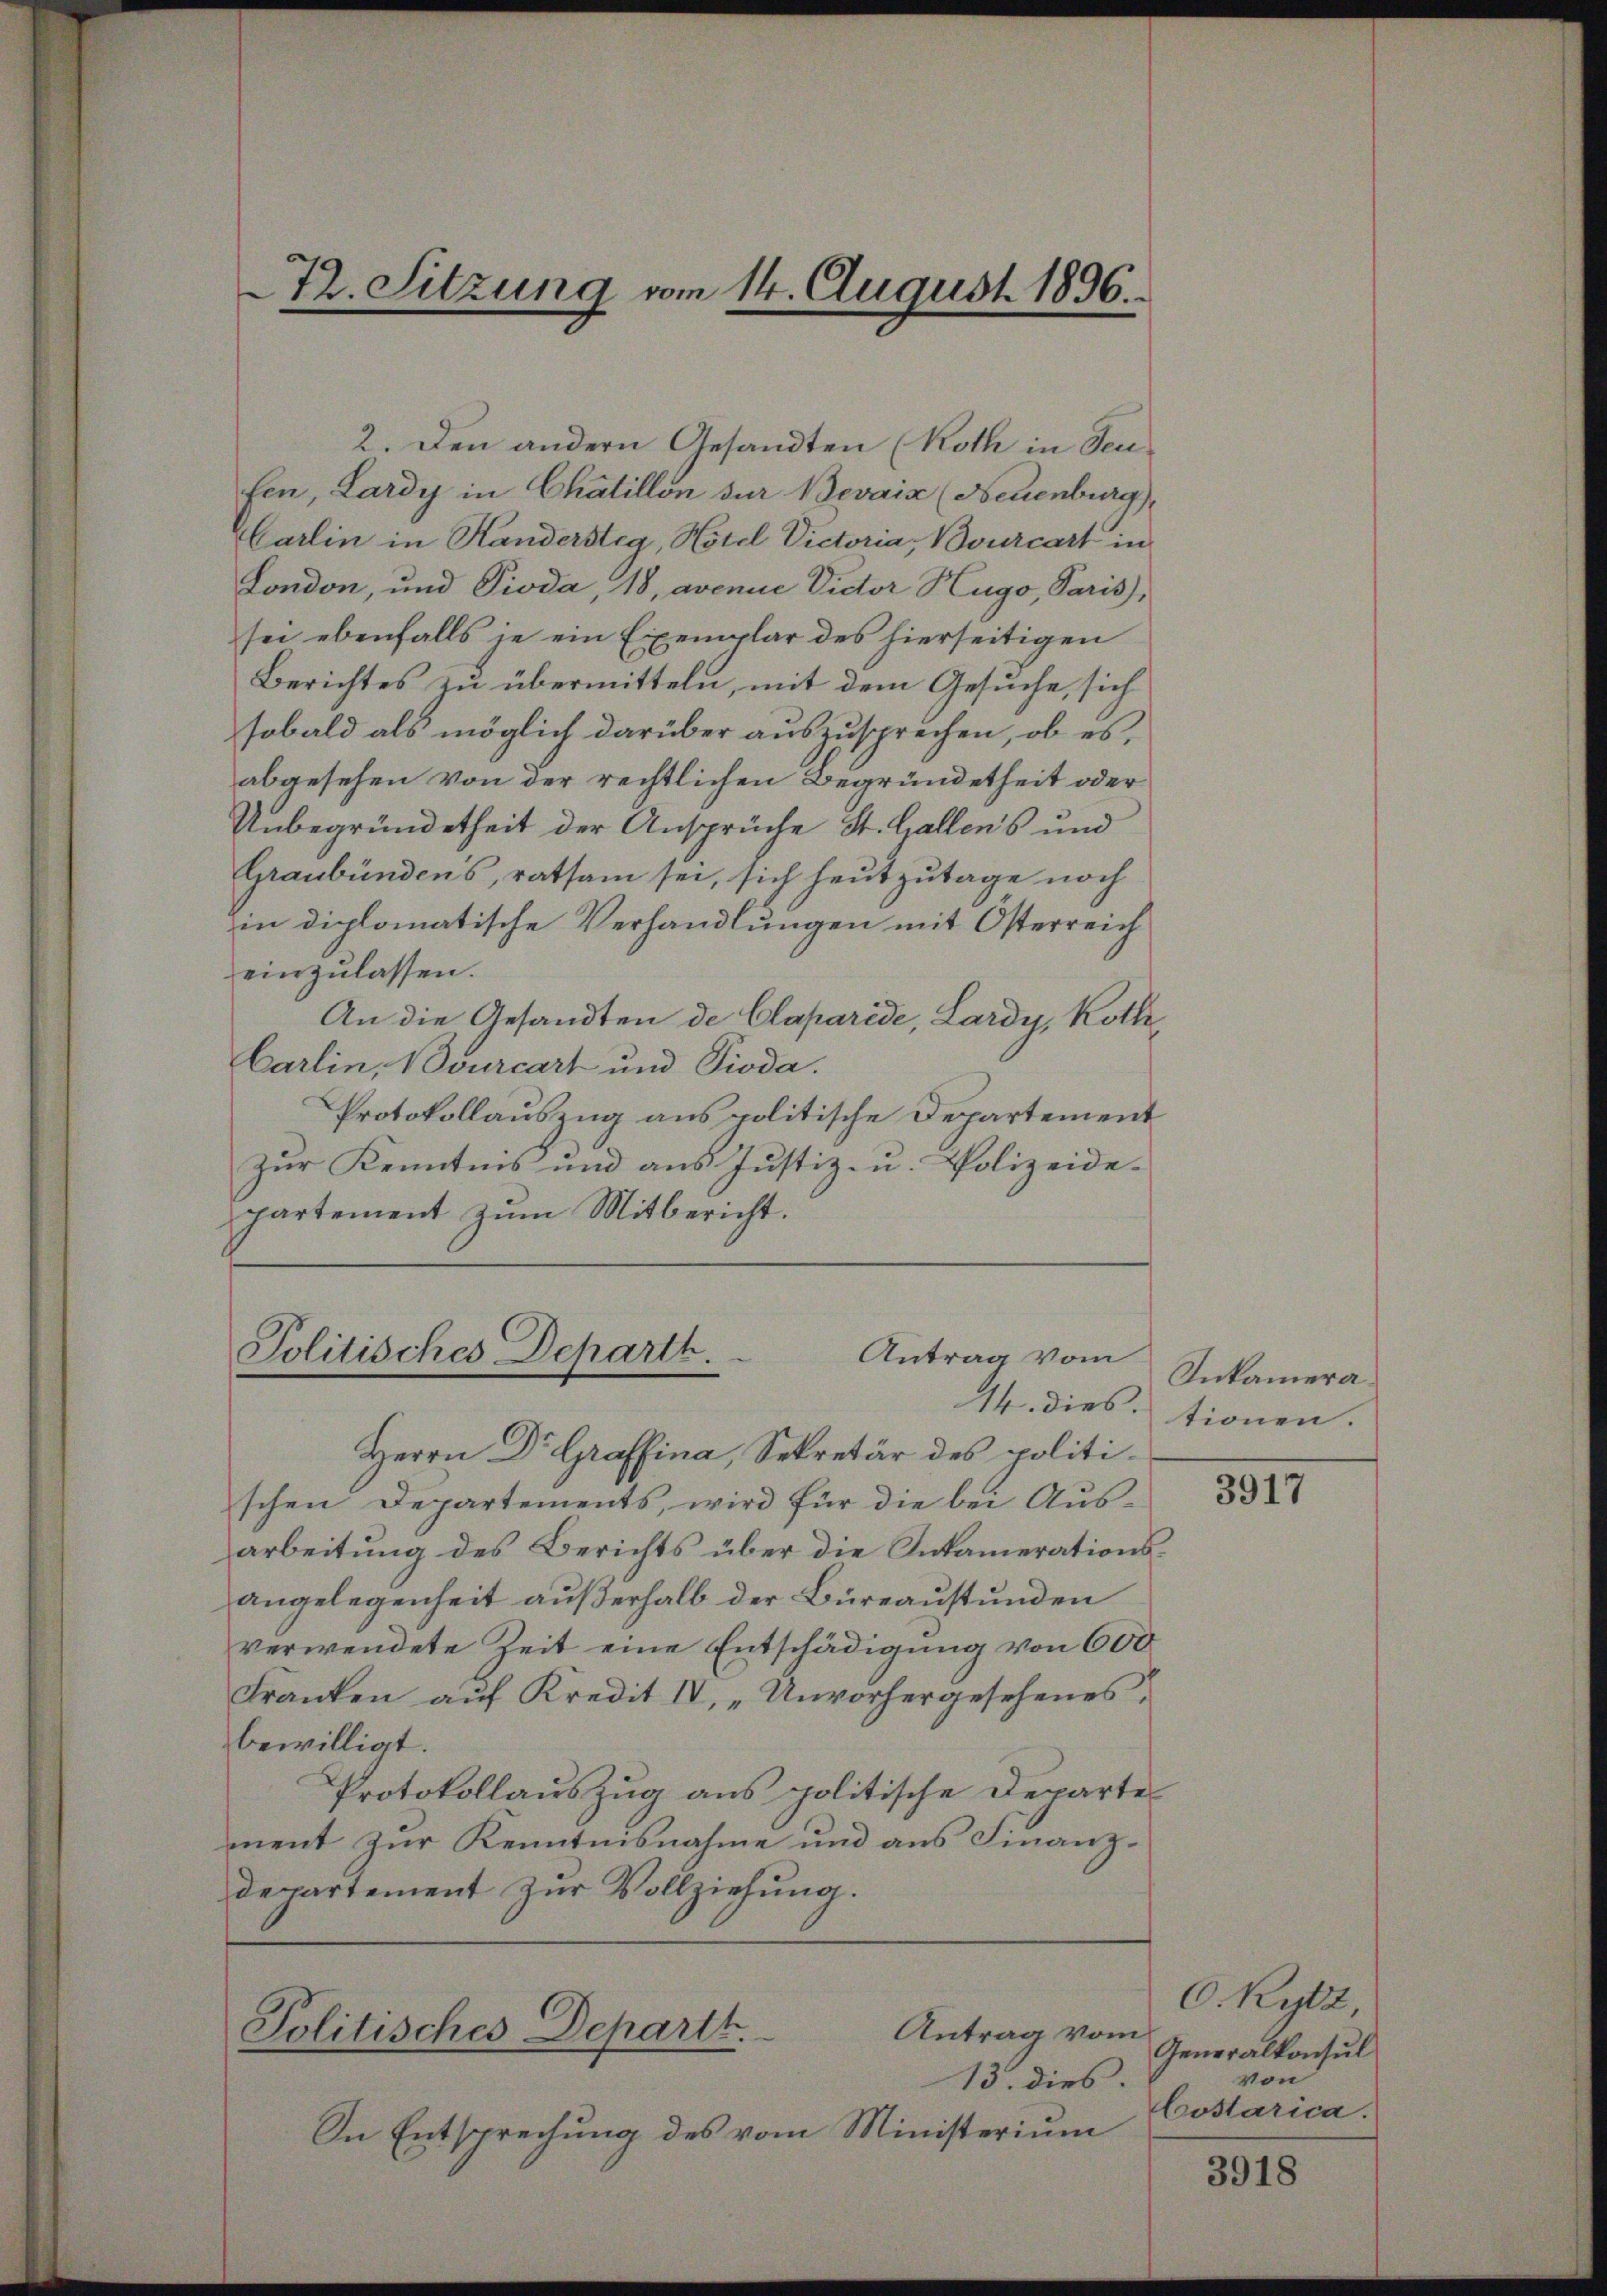
2. Den andern Gesandten (Roth in Seu
fen, Lardy in Chatillon zur Bevais (Neuenburg,
Carlin in Handersteg, Hotel Victoria, Bourcart in
London, und Pioda, 18, avenue Victor Hugo, Paris,
sei ebenfalls je ein Exemplar des hierseitigen
Berichtes zu übermitteln, mit dem Gesuche, sich
sobald als möglich darüber auszusprechen, ob es,
abgesehen von der rechtlichen Begründetheit oder
Unbegründetheit der Ansprüche St. Gallens und
Graubündens, ratsam sei, sich heutzutage noch
in diplomatische Verhandlungen mit Osterreich
einzulassen.
An die Gesandten de Claparide, Lardy, Koth
Carlin, Nourcart und Pioda.
Protokollauszug aus politische Departement
zŭr Kenntnis und aus Justiz- u. Polizeide-
partement zum Mitbericht.

13. dies.
In Entsprechung des vom Ministerium

14. dies tionen. |
Herrn Dr. Graffina, Sekretär des politischen Departements, wird für die bei Aus-
arbeitung des Berichts über die Inkamerationsangelegenheit außerhalb der Büreaustunden
verwendete Zeit eine Entschädigung von 600
Franken auf Kredit IV, „Unvorhergesehenes.
bewilligt.
Protokollauszug aus politische Departe
ment zur Kenntnisnahme und aus Finanzdepartement zur Vollziehung.

72. Sitzung vom 14. August 1896.

Politisches Departh.
Antrag vom

Antrag vom
Politisches Departt.

Inkamera¬

3917

O. Rytz,
Generalkonsul
von
Costarica.

3918